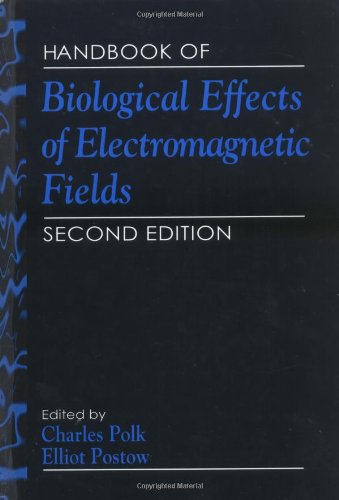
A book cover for Handbook of Biological Effects of Electromagnetic Fields; Science & Math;